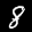
Label: 8